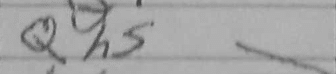
Transcription: Qh5